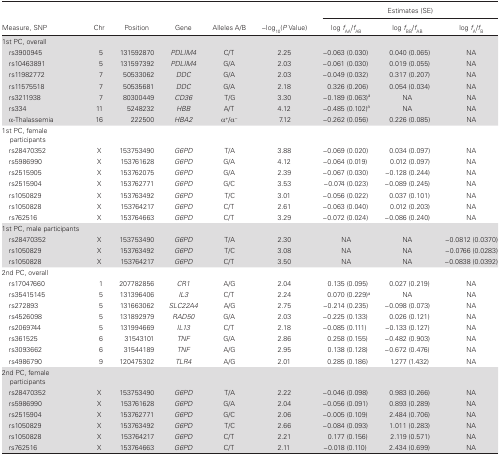
<table><thead><tr><td rowspan="2"><b>Measure, SNP</b></td><td rowspan="2"><b>Chr</b></td><td rowspan="2"><b>Position</b></td><td rowspan="2"><b>Gene</b></td><td rowspan="2"><b>Alleles A/B</b></td><td rowspan="2"><b>−log<sub>10</sub>(<i>P</i> Value)</b></td><td colspan="3"><b>Estimates (SE)</b></td></tr><tr><td><b>log <i>f</i><sub>AA</sub>/<i>f</i><sub>AB</sub></b></td><td><b>log <i>f</i><sub>BB</sub>/<i>f</i><sub>AB</sub></b></td><td><b>log <i>f</i><sub>A</sub>/<i>f</i><sub>B</sub></b></td></tr></thead><tbody><tr><td>1st PC, overall</td><td></td><td></td><td></td><td></td><td></td><td></td><td></td><td></td></tr><tr><td> rs3900945</td><td>5</td><td>131592870</td><td><i>PDLIM4</i></td><td>C/T</td><td>2.25</td><td>−0.063 (0.030)</td><td>0.040 (0.065)</td><td>NA</td></tr><tr><td> rs10463891</td><td>5</td><td>131597392</td><td><i>PDLIM4</i></td><td>G/A</td><td>2.03</td><td>−0.061 (0.030)</td><td>0.019 (0.055)</td><td>NA</td></tr><tr><td> rs11982772</td><td>7</td><td>50533062</td><td><i>DDC</i></td><td>G/A</td><td>2.03</td><td>−0.049 (0.032)</td><td>0.317 (0.207)</td><td>NA</td></tr><tr><td> rs11575518</td><td>7</td><td>50535681</td><td><i>DDC</i></td><td>G/A</td><td>2.18</td><td>0.326 (0.206)</td><td>0.054 (0.034)</td><td>NA</td></tr><tr><td> rs3211938</td><td>7</td><td>80300449</td><td><i>CD36</i></td><td>T/G</td><td>3.30</td><td>−0.189 (0.063)<sup>a</sup></td><td>NA</td><td>NA</td></tr><tr><td> rs334</td><td>11</td><td>5248232</td><td><i>HBB</i></td><td>A/T</td><td>4.12</td><td>−0.485 (0.102)<sup>a</sup></td><td>NA</td><td>NA</td></tr><tr><td> α-Thalassemia</td><td>16</td><td>222500</td><td><i>HBA2</i></td><td>α<sup>+</sup>/α<sup>−</sup></td><td>7.12</td><td>−0.262 (0.056)</td><td>0.226 (0.085)</td><td>NA</td></tr><tr><td>1st PC, female participants</td><td></td><td></td><td></td><td></td><td></td><td></td><td></td><td></td></tr><tr><td> rs28470352</td><td>X</td><td>153753490</td><td><i>G6PD</i></td><td>T/A</td><td>3.88</td><td>−0.069 (0.020)</td><td>0.034 (0.097)</td><td>NA</td></tr><tr><td> rs5986990</td><td>X</td><td>153761628</td><td><i>G6PD</i></td><td>G/A</td><td>4.12</td><td>−0.064 (0.019)</td><td>0.012 (0.097)</td><td>NA</td></tr><tr><td> rs2515905</td><td>X</td><td>153762075</td><td><i>G6PD</i></td><td>G/A</td><td>2.39</td><td>−0.067 (0.030)</td><td>−0.128 (0.244)</td><td>NA</td></tr><tr><td> rs2515904</td><td>X</td><td>153762771</td><td><i>G6PD</i></td><td>G/C</td><td>3.53</td><td>−0.074 (0.023)</td><td>−0.089 (0.245)</td><td>NA</td></tr><tr><td> rs1050829</td><td>X</td><td>153763492</td><td><i>G6PD</i></td><td>T/C</td><td>3.01</td><td>−0.056 (0.022)</td><td>0.037 (0.101)</td><td>NA</td></tr><tr><td> rs1050828</td><td>X</td><td>153764217</td><td><i>G6PD</i></td><td>C/T</td><td>2.61</td><td>−0.063 (0.040)</td><td>0.012 (0.203)</td><td>NA</td></tr><tr><td> rs762516</td><td>X</td><td>153764663</td><td><i>G6PD</i></td><td>C/T</td><td>3.29</td><td>−0.072 (0.024)</td><td>−0.086 (0.240)</td><td>NA</td></tr><tr><td>1st PC, male participants</td><td></td><td></td><td></td><td></td><td></td><td></td><td></td><td></td></tr><tr><td> rs28470352</td><td>X</td><td>153753490</td><td><i>G6PD</i></td><td>T/A</td><td>2.30</td><td>NA</td><td>NA</td><td>−0.0812 (0.0370)</td></tr><tr><td> rs1050829</td><td>X</td><td>153763492</td><td><i>G6PD</i></td><td>T/C</td><td>3.08</td><td>NA</td><td>NA</td><td>−0.0766 (0.0283)</td></tr><tr><td> rs1050828</td><td>X</td><td>153764217</td><td><i>G6PD</i></td><td>C/T</td><td>3.50</td><td>NA</td><td>NA</td><td>−0.0838 (0.0392)</td></tr><tr><td>2nd PC, overall</td><td></td><td></td><td></td><td></td><td></td><td></td><td></td><td></td></tr><tr><td> rs17047660</td><td>1</td><td>207782856</td><td><i>CR1</i></td><td>A/G</td><td>2.04</td><td>0.135 (0.095)</td><td>0.027 (0.219)</td><td>NA</td></tr><tr><td> rs35415145</td><td>5</td><td>131396406</td><td><i>IL3</i></td><td>C/T</td><td>2.24</td><td>0.070 (0.229)<sup>a</sup></td><td>NA</td><td>NA</td></tr><tr><td> rs272893</td><td>5</td><td>131663062</td><td><i>SLC22A4</i></td><td>A/G</td><td>2.75</td><td>−0.214 (0.235)</td><td>−0.098 (0.073)</td><td>NA</td></tr><tr><td> rs4526098</td><td>5</td><td>131892979</td><td><i>RAD50</i></td><td>G/A</td><td>2.03</td><td>−0.225 (0.133)</td><td>0.026 (0.121)</td><td>NA</td></tr><tr><td> rs2069744</td><td>5</td><td>131994669</td><td><i>IL13</i></td><td>C/T</td><td>2.18</td><td>−0.085 (0.111)</td><td>−0.133 (0.127)</td><td>NA</td></tr><tr><td> rs361525</td><td>6</td><td>31543101</td><td><i>TNF</i></td><td>G/A</td><td>2.86</td><td>0.258 (0.155)</td><td>−0.482 (0.903)</td><td>NA</td></tr><tr><td> rs3093662</td><td>6</td><td>31544189</td><td><i>TNF</i></td><td>A/G</td><td>2.95</td><td>0.138 (0.128)</td><td>−0.672 (0.476)</td><td>NA</td></tr><tr><td> rs4986790</td><td>9</td><td>120475302</td><td><i>TLR4</i></td><td>A/G</td><td>2.01</td><td>0.285 (0.186)</td><td>1.277 (1.432)</td><td>NA</td></tr><tr><td>2nd PC, female participants</td><td></td><td></td><td></td><td></td><td></td><td></td><td></td><td></td></tr><tr><td> rs28470352</td><td>X</td><td>153753490</td><td><i>G6PD</i></td><td>T/A</td><td>2.22</td><td>−0.046 (0.098)</td><td>0.983 (0.266)</td><td>NA</td></tr><tr><td> rs5986990</td><td>X</td><td>153761628</td><td><i>G6PD</i></td><td>G/A</td><td>2.04</td><td>−0.056 (0.091)</td><td>0.893 (0.289)</td><td>NA</td></tr><tr><td> rs2515904</td><td>X</td><td>153762771</td><td><i>G6PD</i></td><td>G/C</td><td>2.06</td><td>−0.005 (0.109)</td><td>2.484 (0.706)</td><td>NA</td></tr><tr><td> rs1050829</td><td>X</td><td>153763492</td><td><i>G6PD</i></td><td>T/C</td><td>2.66</td><td>−0.084 (0.093)</td><td>1.011 (0.283)</td><td>NA</td></tr><tr><td> rs1050828</td><td>X</td><td>153764217</td><td><i>G6PD</i></td><td>C/T</td><td>2.21</td><td>0.177 (0.156)</td><td>2.119 (0.571)</td><td>NA</td></tr><tr><td> rs762516</td><td>X</td><td>153764663</td><td><i>G6PD</i></td><td>C/T</td><td>2.11</td><td>−0.018 (0.110)</td><td>2.434 (0.699)</td><td>NA</td></tr></tbody></table>